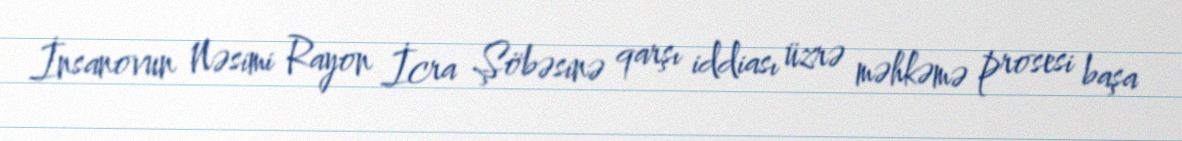
İnsanovun Nəsimi Rayon İcra Şöbəsinə qarşı iddiası üzrə məhkəmə prosesi başa